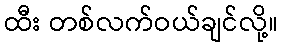
ထီး တစ်လက်ဝယ်ချင်လို့။